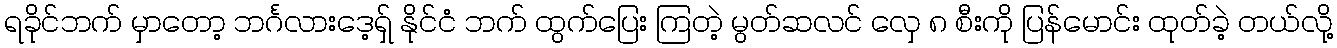
ရခိုင်ဘက် မှာတော့ ဘင်္ဂလားဒေ့ရှ် နိုင်ငံ ဘက် ထွက်ပြေး ကြတဲ့ မွတ်ဆလင် လှေ ၈ စီးကို ပြန်မောင်း ထုတ်ခဲ့ တယ်လို့